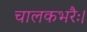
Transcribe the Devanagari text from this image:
चालकभरैः।